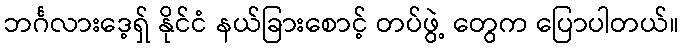
ဘင်္ဂလားဒေ့ရှ် နိုင်ငံ နယ်ခြားစောင့် တပ်ဖွဲ့ တွေက ပြောပါတယ်။